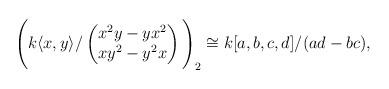
LaTeX: \begin{align*} \Bigg( k\langle x,y \rangle / \begin{pmatrix} x^2y - yx^2 \\ xy^2-y^2x \end{pmatrix} \Bigg)_2 \cong k[a,b,c,d]/(ad-bc), \end{align*}